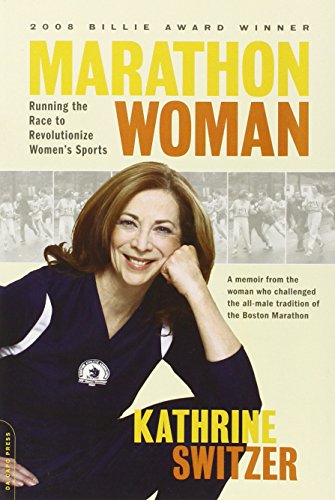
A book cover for Marathon Woman: Running the Race to Revolutionize Women's Sports; Kathrine Switzer; Health, Fitness & Dieting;